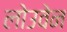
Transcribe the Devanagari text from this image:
लोउवेन